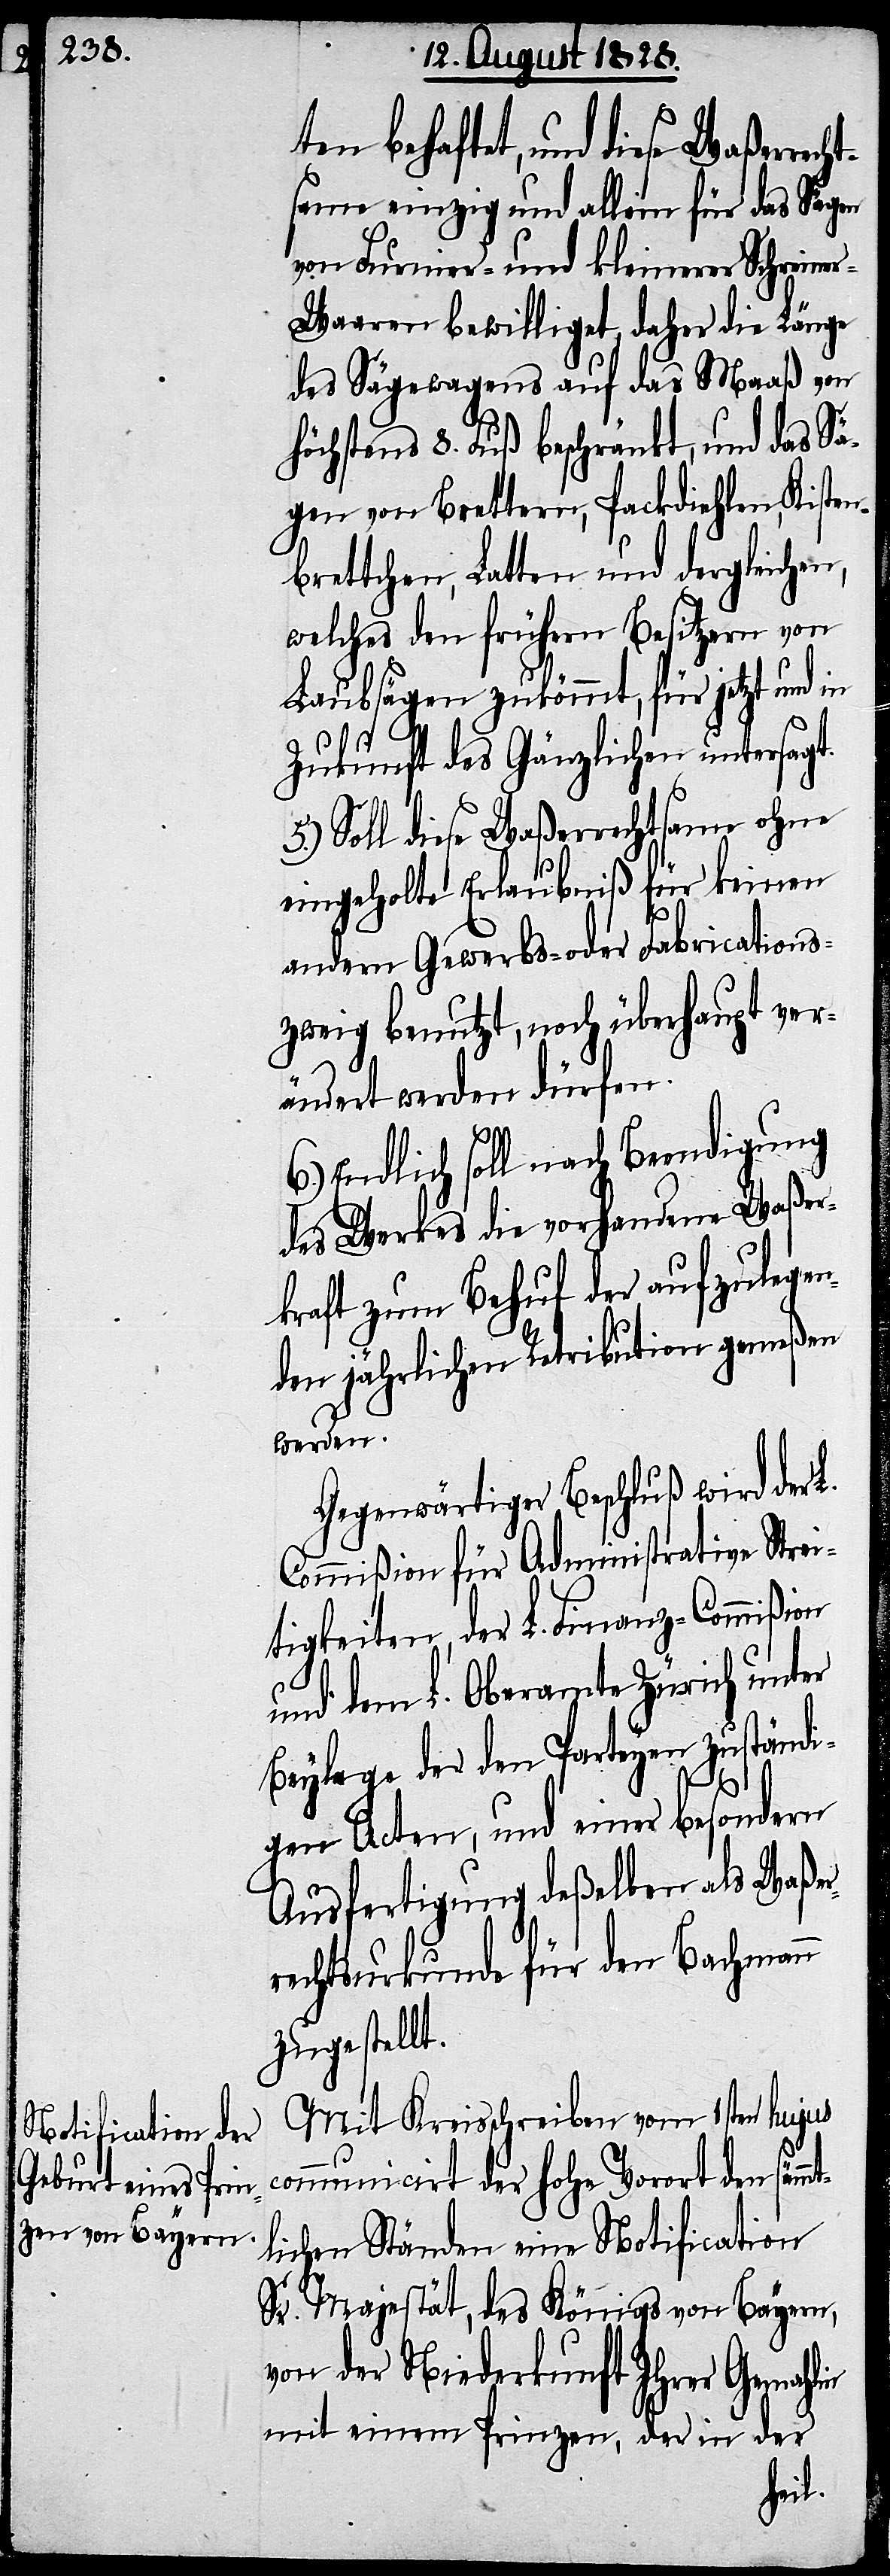
mt¬

ten behaftet, und diese Waßerrec¬
same einzig und allein für das Sägen
und Furnier- und kleinerer Schreine¬
r-Waaren bewilliget, daher die Länge
des Sägewagens auf das Maaß von
höchstens 8. Fuß beschränkt, und das Sä¬
gen von Brettern, Packdiehlen, Kisten¬
brettchen, Latten und dergleichen,
welches den frühern Besitzern von
Laubsägen zukömmt, für jetzt und in
Zukunft des Gänzlichen untersagt.
5.) Soll diese Waßerrechtsame ohne
eingeholte Erlaubniß für keinen
andern Gewerbs- oder Fabrications¬
zweig benutzt, noch überhaupt ver¬
ändert werden dürfen.
Endlich soll nach Beendigung
des Werkes die vorhandene Waßer¬
kraft zum Behuf der aufzulege¬
nden jährlichen Retribution gemeßen
werden.
Gegenwärtiger Beschluß wird der
Commißion für Administrative Strei¬
tigkeiten, der L. Finanz-Commißion
und dem L. Oberamte Zürich unter
Beylage der den Parteyen zuständi¬
gen Acten, und einer besondern
Ausfertigung deßelben als Waßer¬
rechtsurkunde für den Bachmann
zugestellt.
Mit Kreisschreiben vom 1sten hujus
communicirt der hohe Vorort den säm¬
lichen Ständen eine Notification
Sr. Majestät, des Königs von Bayern,
von der Niederkunft Ihrer Gemahlin
mit einem Prinzen, der in der
ht¬